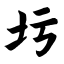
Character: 圬